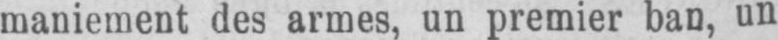
maniement des armes, un premier ban, un